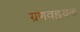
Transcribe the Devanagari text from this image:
ग्रणवह्रयक